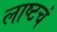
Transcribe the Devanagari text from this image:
लाष्टचं